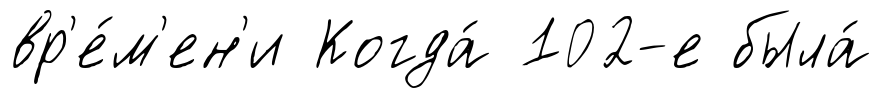
вр'е́м'ен'и Когда́ 102-е была́